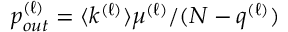
p _ { o u t } ^ { ( \ell ) } = \langle k ^ { ( \ell ) } \rangle \mu ^ { ( \ell ) } / ( N - q ^ { ( \ell ) } )